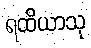
ရထိယာသု